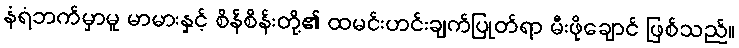
နံရံဘက်မှာမူ မာမားနှင့် စိန်စိန်းတို့၏ ထမင်းဟင်းချက်ပြုတ်ရာ မီးဖိုချောင် ဖြစ်သည်။